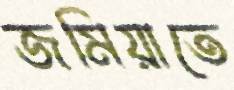
জমিয়াতে